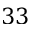
3 3